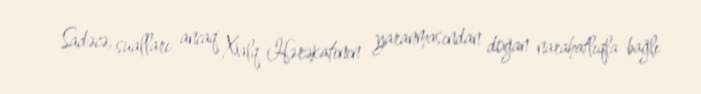
Sadəcə, sualları ancaq Xalq Hərəkatının yaranmasından doğan narahatlıqla bağlı